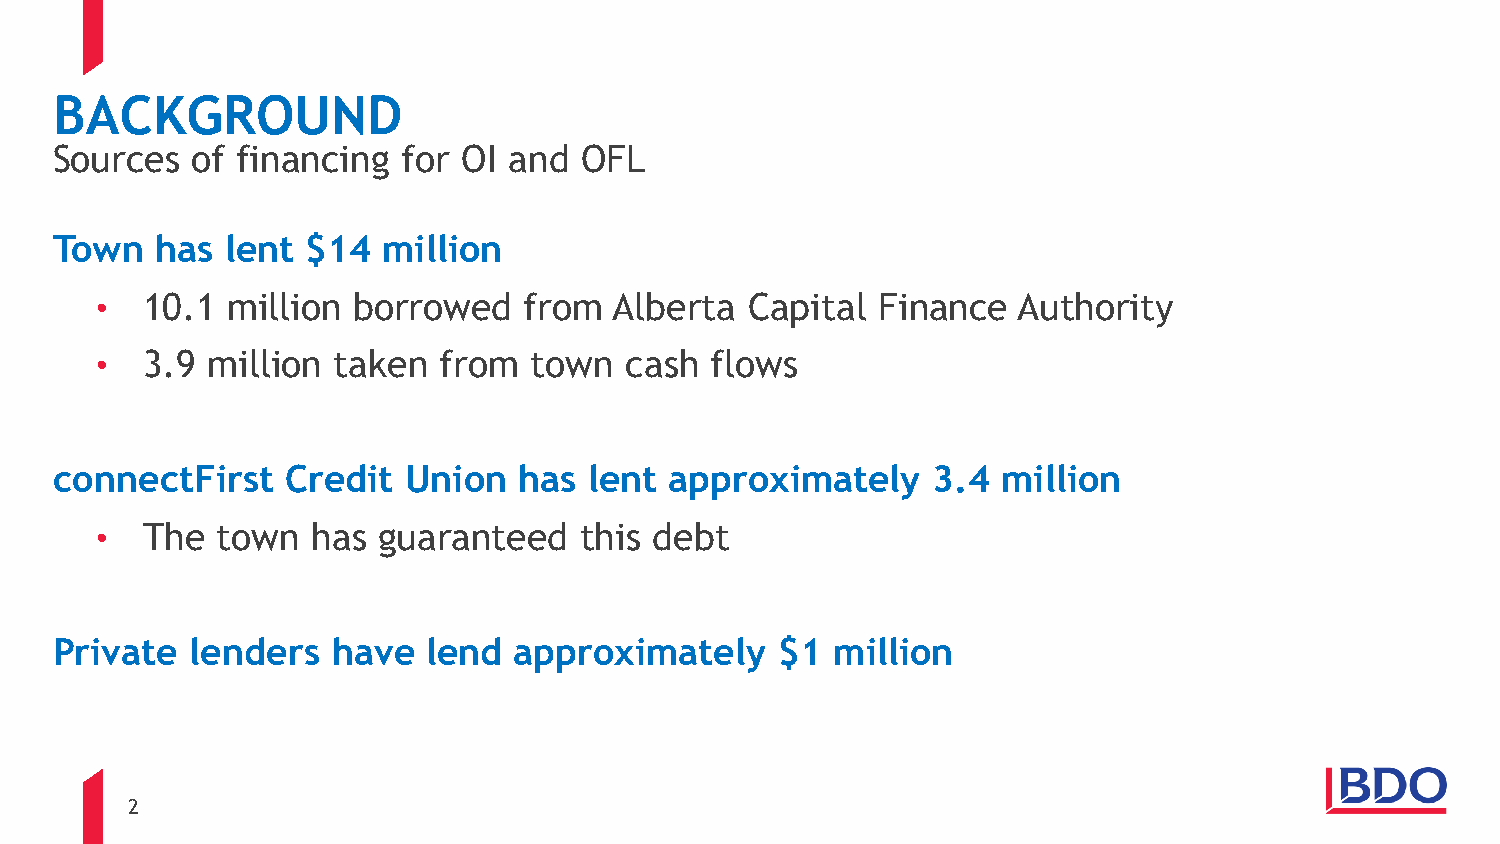
BACKGROUND
 Sources  of financing  for OI and OFL
 Town  has  lent $14  million
 •  10.1  million borrowed    from  Alberta  Capital Finance  Authority
 •  3.9  million taken  from  town  cash  flows
 connectFirst   Credit  Union  has  lent approximately     3.4 million
 •  The  town   has guaranteed   this debt
 Private  lenders  have  lend  approximately     $1 million
 2